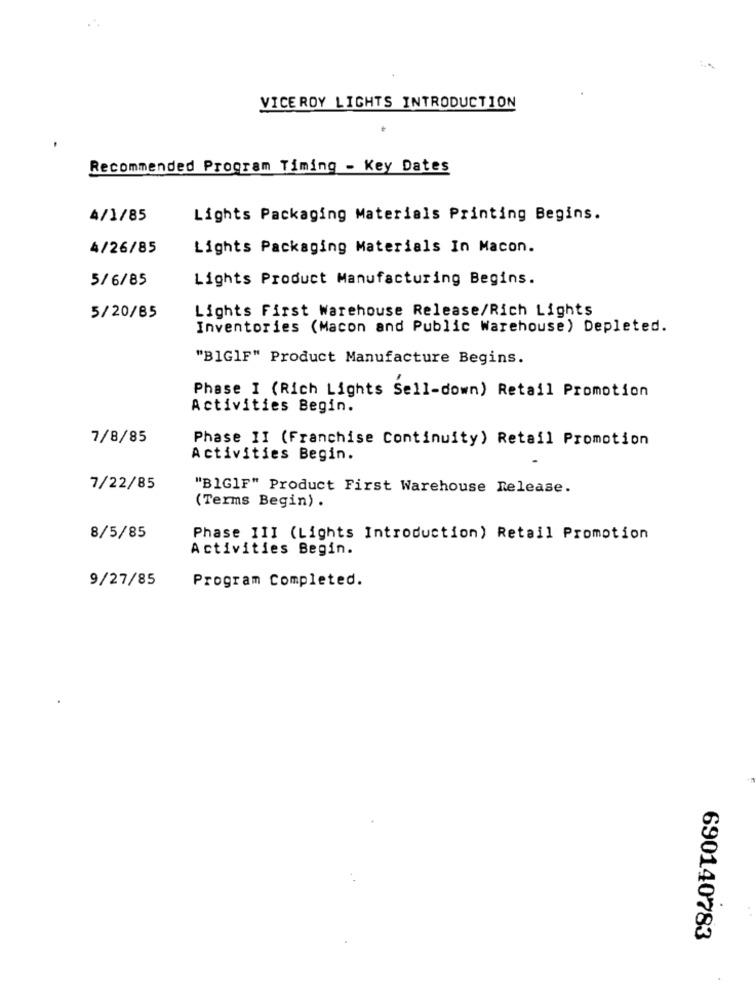
VICEROY LIGHTS INTRODUCTION
Recommended Program Timing - Key Dates
4/1/85
Lights Packaging Materials Printing Begins.
4/26/85
Lights Packaging Materials In Macon.
5/6/85
Lights Product Manufacturing Begins.
Lights First Warehouse Release/Rich Lights
5/20/85
Inventories (Macon and Public Warehouse) Depleted.
"BIG]F" Product Manufacture Begins.
Phase I (Rich Lights Sell-down) Retail Promotion
Activities Begin.
7/8/85
Phase II (Franchise Continuity) Retail Promotion
Activities Begin.
7/22/85
"BIG]F" Product First Warehouse Release.
(Terms Begin) .
8/5/85
Phase III (Lights Introduction) Retail Promotion
Activities Begin.
9/27/85
Program Completed.
690140783